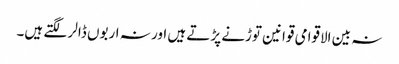
نہ بین الاقوامی قوانین توڑنے پڑتے ہیں اور نہ اربوں ڈالر لگتے ہیں۔